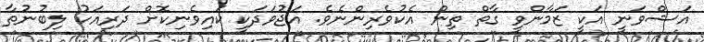
އަޝްވަނީ އަކީ ޒަމާންވީ ގާތް ތިން އެކުވެރިންނެވެ. އަޖުވަދަކީ ކައިވެނިކޮށް ދަރިއަކު ލިބުނުތާ